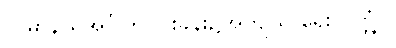
(ပဓာနိယအင်္ဂါ ၅-ပါးခန်း၌အကျယ် ရေးလတ္တံ့။)